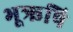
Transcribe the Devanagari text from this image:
भूऋषि